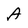
Character: A